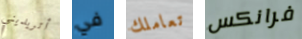
أتريديني في تعاملك فرانكس